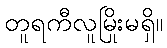
တူရကီလူမြိုးမရှိ။